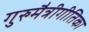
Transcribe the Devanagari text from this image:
गुरुमैत्रीगीतिका